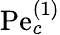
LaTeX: \mathrm{Pe}_{c}^{(1)}